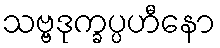
သဗ္ဗဒုက္ခပ္ပဟီနော